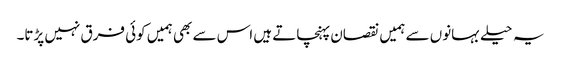
یہ حیلے بہانوں سے ہمیں نقصان پہنچاتے ہیں اس سے بھی ہمیں کوئی فرق نہیں پڑتا۔